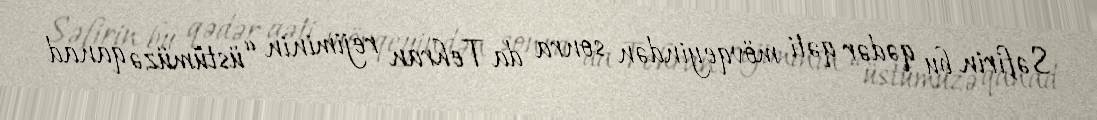
Səfirin bu qədər qəti mövqeyindən sonra da Tehran rejiminin “üstümüzə qanad